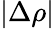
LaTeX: |\Delta\rho|